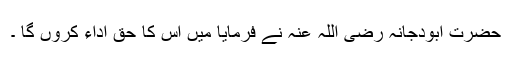
حضرت ابودجانہ رضی اللہ عنہ نے فرمایا میں اس کا حق اداء کروں گا ۔